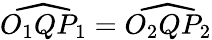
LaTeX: {\widehat{O_{1}QP_{1}}}={\widehat{O_{2}QP_{2}}}